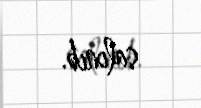
salınıb.